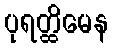
ပုရတ္ထိမေန